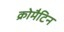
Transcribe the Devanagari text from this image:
क्रोमैटिन